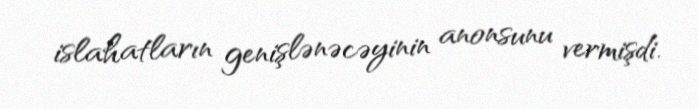
islahatların genişlənəcəyinin anonsunu vermişdi.